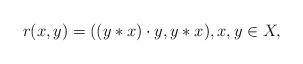
\begin{align*}r(x,y)=((y*x)\cdot y,y*x),x,y\in X,\end{align*}